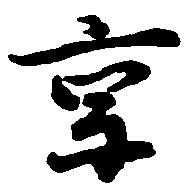
京